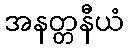
အနတ္တနီယံ